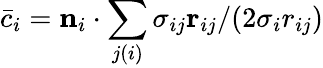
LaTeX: \bar{c}_{i}=\mathbf{n}_{i}\cdot\sum_{j(i)}\sigma_{ij}\mathbf{r}_{ij}/(2\sigma_{i}r_{ij})